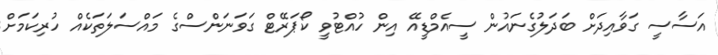
އަސާސީ ގަވާއިދަށް ބަދަލުގެނައުން ސީއެމްޑީއޭ އިން ހުއްޓުވީ ކޯޕަރޭޓް ގަވަނަންސްގެ މައްސަލަތަކެއް ހުރިކަމަށް